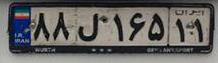
۸۸ل۱۶۵۱۱